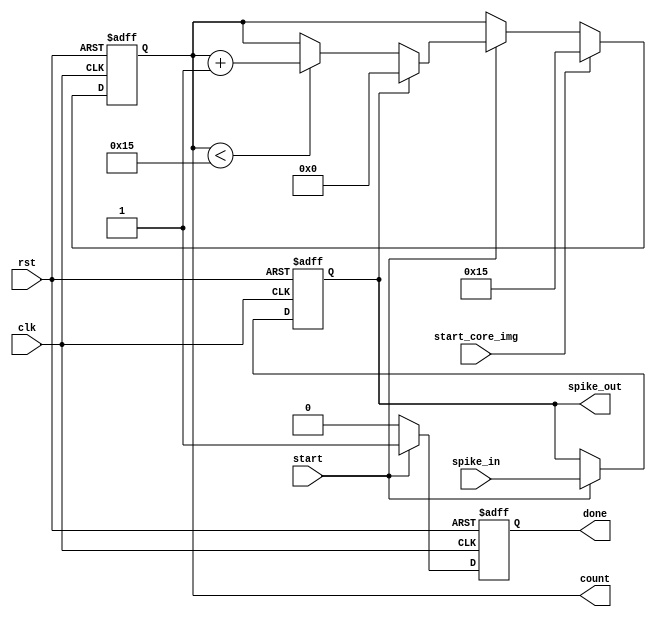
module input_neuron(
    input spike_in,
    input clk,rst,
    input start,
	 input start_core_img,
    output spike_out,
    output [7:0] count,
    output done
    );
parameter	W=24;


reg spike_value;
reg [7:0] counter;
reg start1;
reg done1;

always @(posedge clk, posedge rst)
begin
	if(rst==1)
		begin
			spike_value <= 0;
			counter 		<= 21;
			start1 		<= 0;
			done1 		<= 0;
		end
	else begin
		done1 <= 0;
		if(start==1)
			begin
				spike_value <= spike_in;
				if(spike_value==1)
					counter <= 0;
				else
				begin
					if(counter<21)
						counter <= counter + 1;
				end
				done1 <= 1;	
			end
		
		if(start_core_img) begin
				counter	<= 21;
			end

	end
end

assign count = counter;
assign spike_out = spike_value;
assign done = done1;	

endmodule